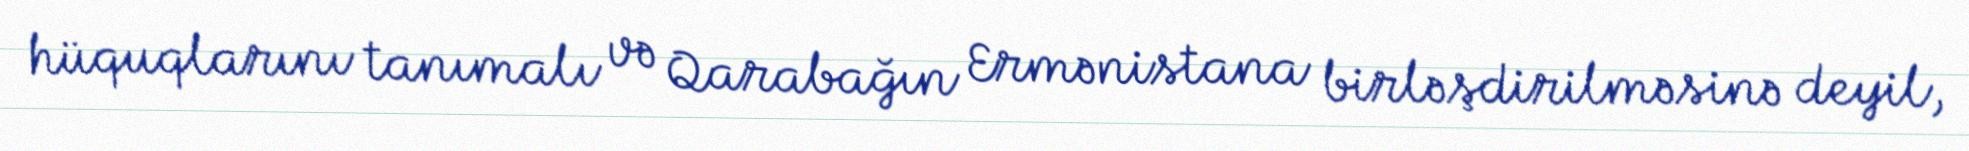
hüquqlarını tanımalı və Qarabağın Ermənistana birləşdirilməsinə deyil,